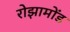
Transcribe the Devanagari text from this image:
रोझामोंड